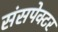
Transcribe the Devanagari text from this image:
संसपेक्टर